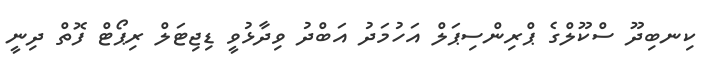
ކިނބިދޫ ސްކޫލްގެ ޕްރިންސިޕަލް އަހުމަދު އަބްދު ވިދާޅުވީ ޑިޖިޓަލް ރިޕޯޓް ފޮތް ދިނީ